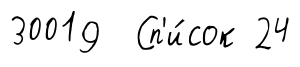
30019 Сп'и́сок 24